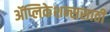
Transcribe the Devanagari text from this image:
ॲप्लिकेशन्ससाठी